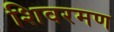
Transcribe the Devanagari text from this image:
शिवरमण